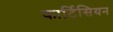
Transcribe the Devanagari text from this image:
कार्टिसियन